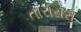
તારારોરી